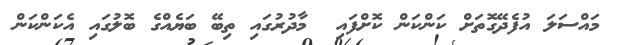
މައްސަލަ އުފެދޭގޮތަށް ކަންކަން ކޮށްފައި  މާދުރުގައި ތިބޭ ބަޔެއްގެ ބޮލުގައި އެކަންކަން